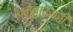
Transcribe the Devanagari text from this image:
अन्ताक्षरी